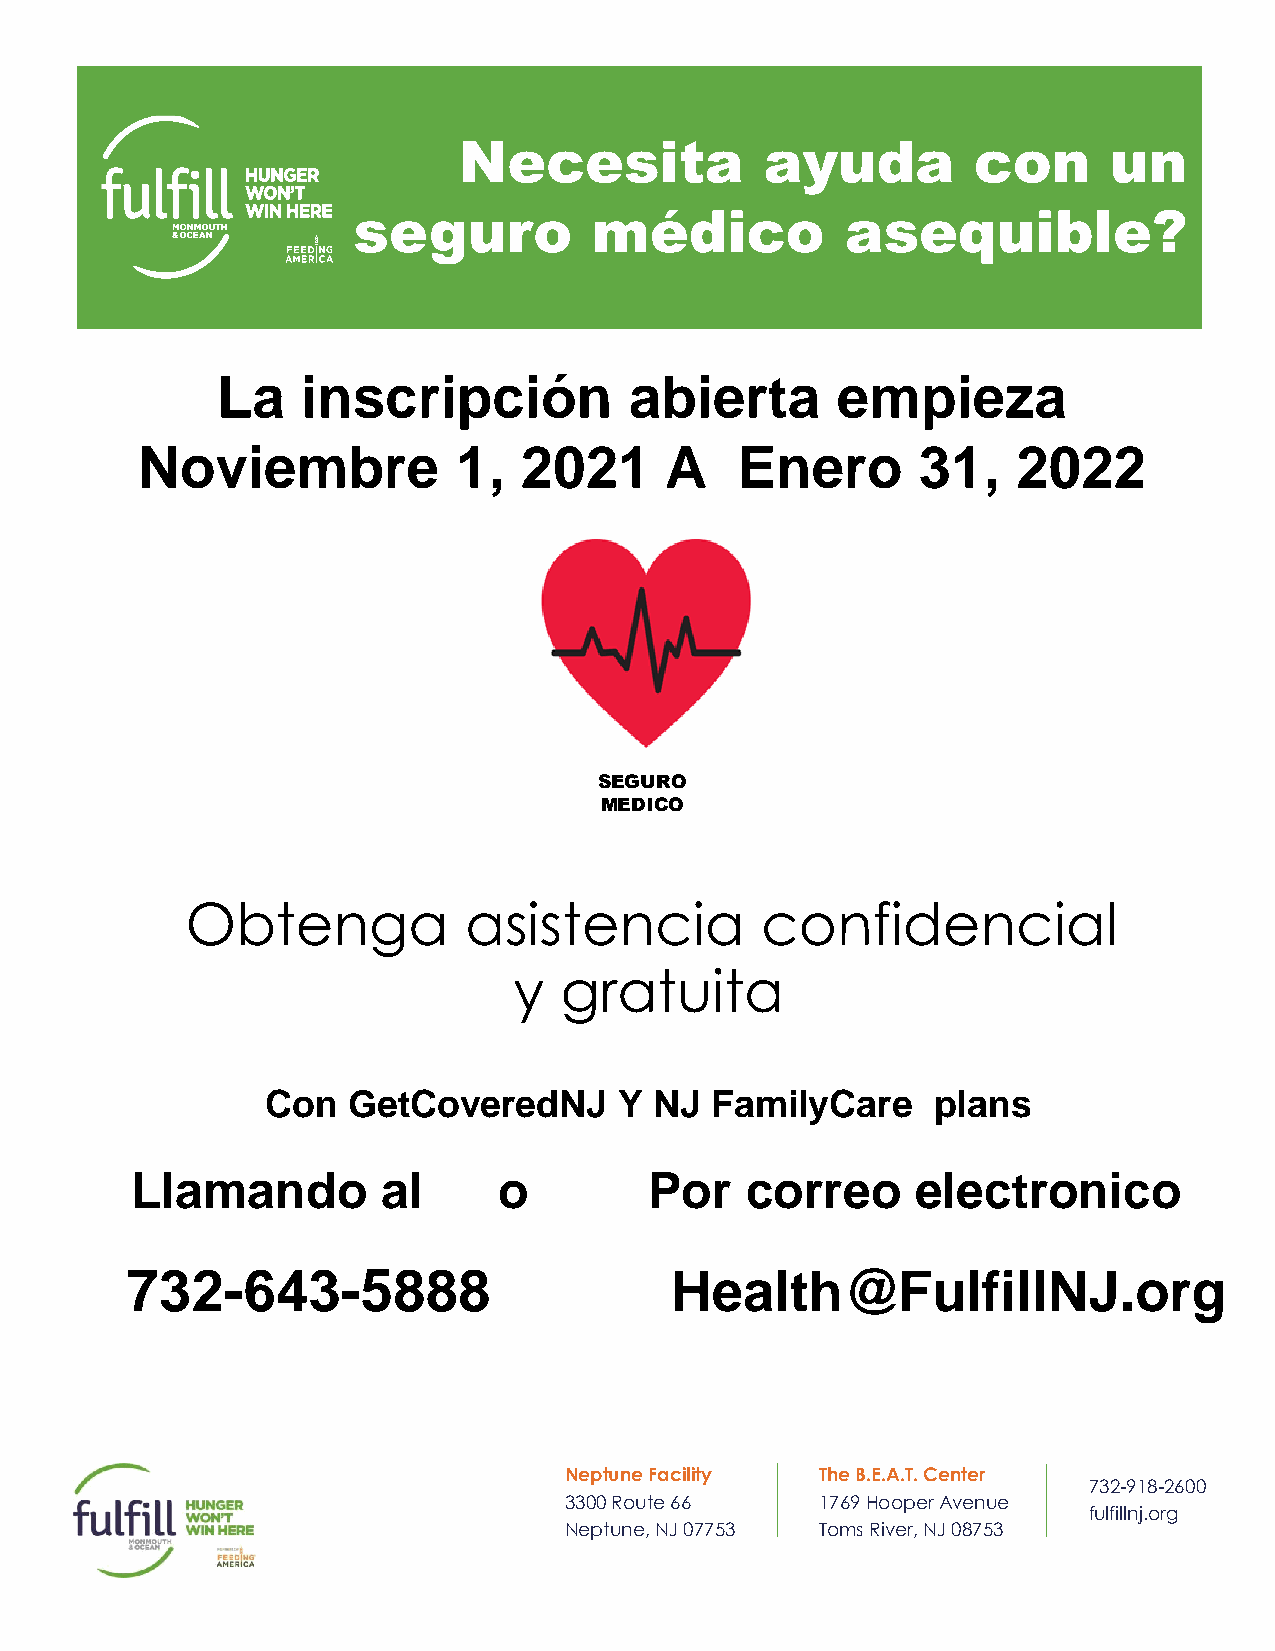
Necesita             ayuda        con      un
 seguro          médico           asequible?
 La    inscripción           abierta      empieza
 Noviembre            1,  2021      A    Enero       31,   2022
 SEGURO
 MEDICO
 Obtenga            asistencia         confidencial
 y  gratuita
 Con  GetCoveredNJ      Y NJ  FamilyCare     plans
 Llamando        al      o         Por   correo      electronico
 732-643-5888                        Health@FulfillNJ.org
 Neptune Facility The B.E.A.T. Center
 732-918-2600
 3300 Route 66    1769 Hooper Avenue
 fulfillnj.org
 Neptune, NJ 07753 Toms River, NJ 08753